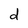
Character: d